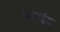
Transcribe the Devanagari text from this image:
ब्‍लाइंड